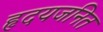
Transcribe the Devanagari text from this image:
हृदयजनित